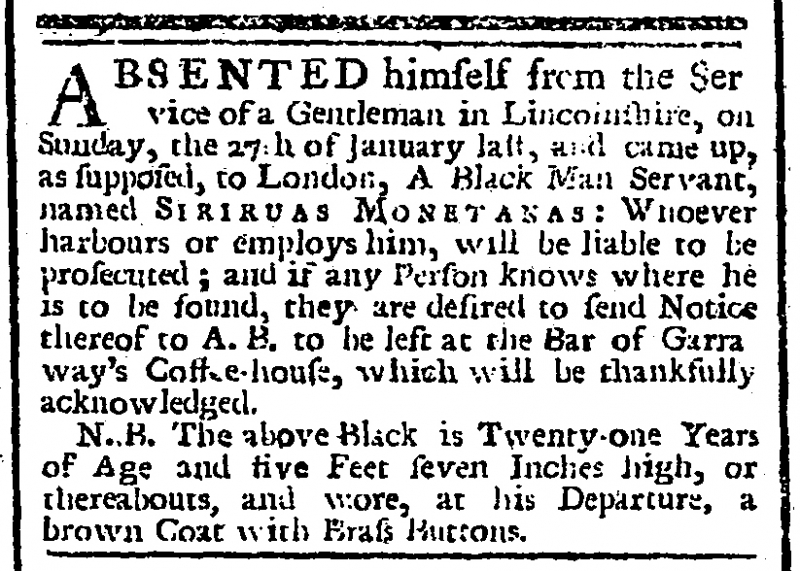
London Evening Post, 14 February 1765 (England)
ABSENTED himself from the Service of a Gentleman in Lincolnshire, on Sunday, the 27th of January last, and came up, as supposed, to London, A Black Man Servant, named SIRIRUAS MONETANAS: Whoever harbours or employs him, will be liable to be prosecuted; and if any Person knows where is to be found, they are desired to send Notice thereof to A. B. to be left at the Bar of Garraway’s Coffee-house, which will be thankfully acknowledged.  N.B. The above Black is Twenty-one Years of Age and five Feet seven Inches high, or thereabouts, and wore, at his Departure, a brown Coat with Brass Buttons.